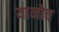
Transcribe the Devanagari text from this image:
यानोव